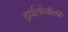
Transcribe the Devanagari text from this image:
ट्राईलोजीकी